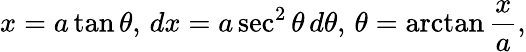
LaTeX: x=a\tan\theta,\, dx=a\sec^{2}\theta\, d\theta,\, \theta=\arctan{\frac{x}{a}},